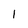
Character: 1